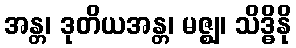
အန္တ၊ ဒုတိယအန္တ၊ မဇ္ဈ၊ သိဒ္ဓိနို